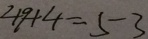
4 9 + 4 = 5 3